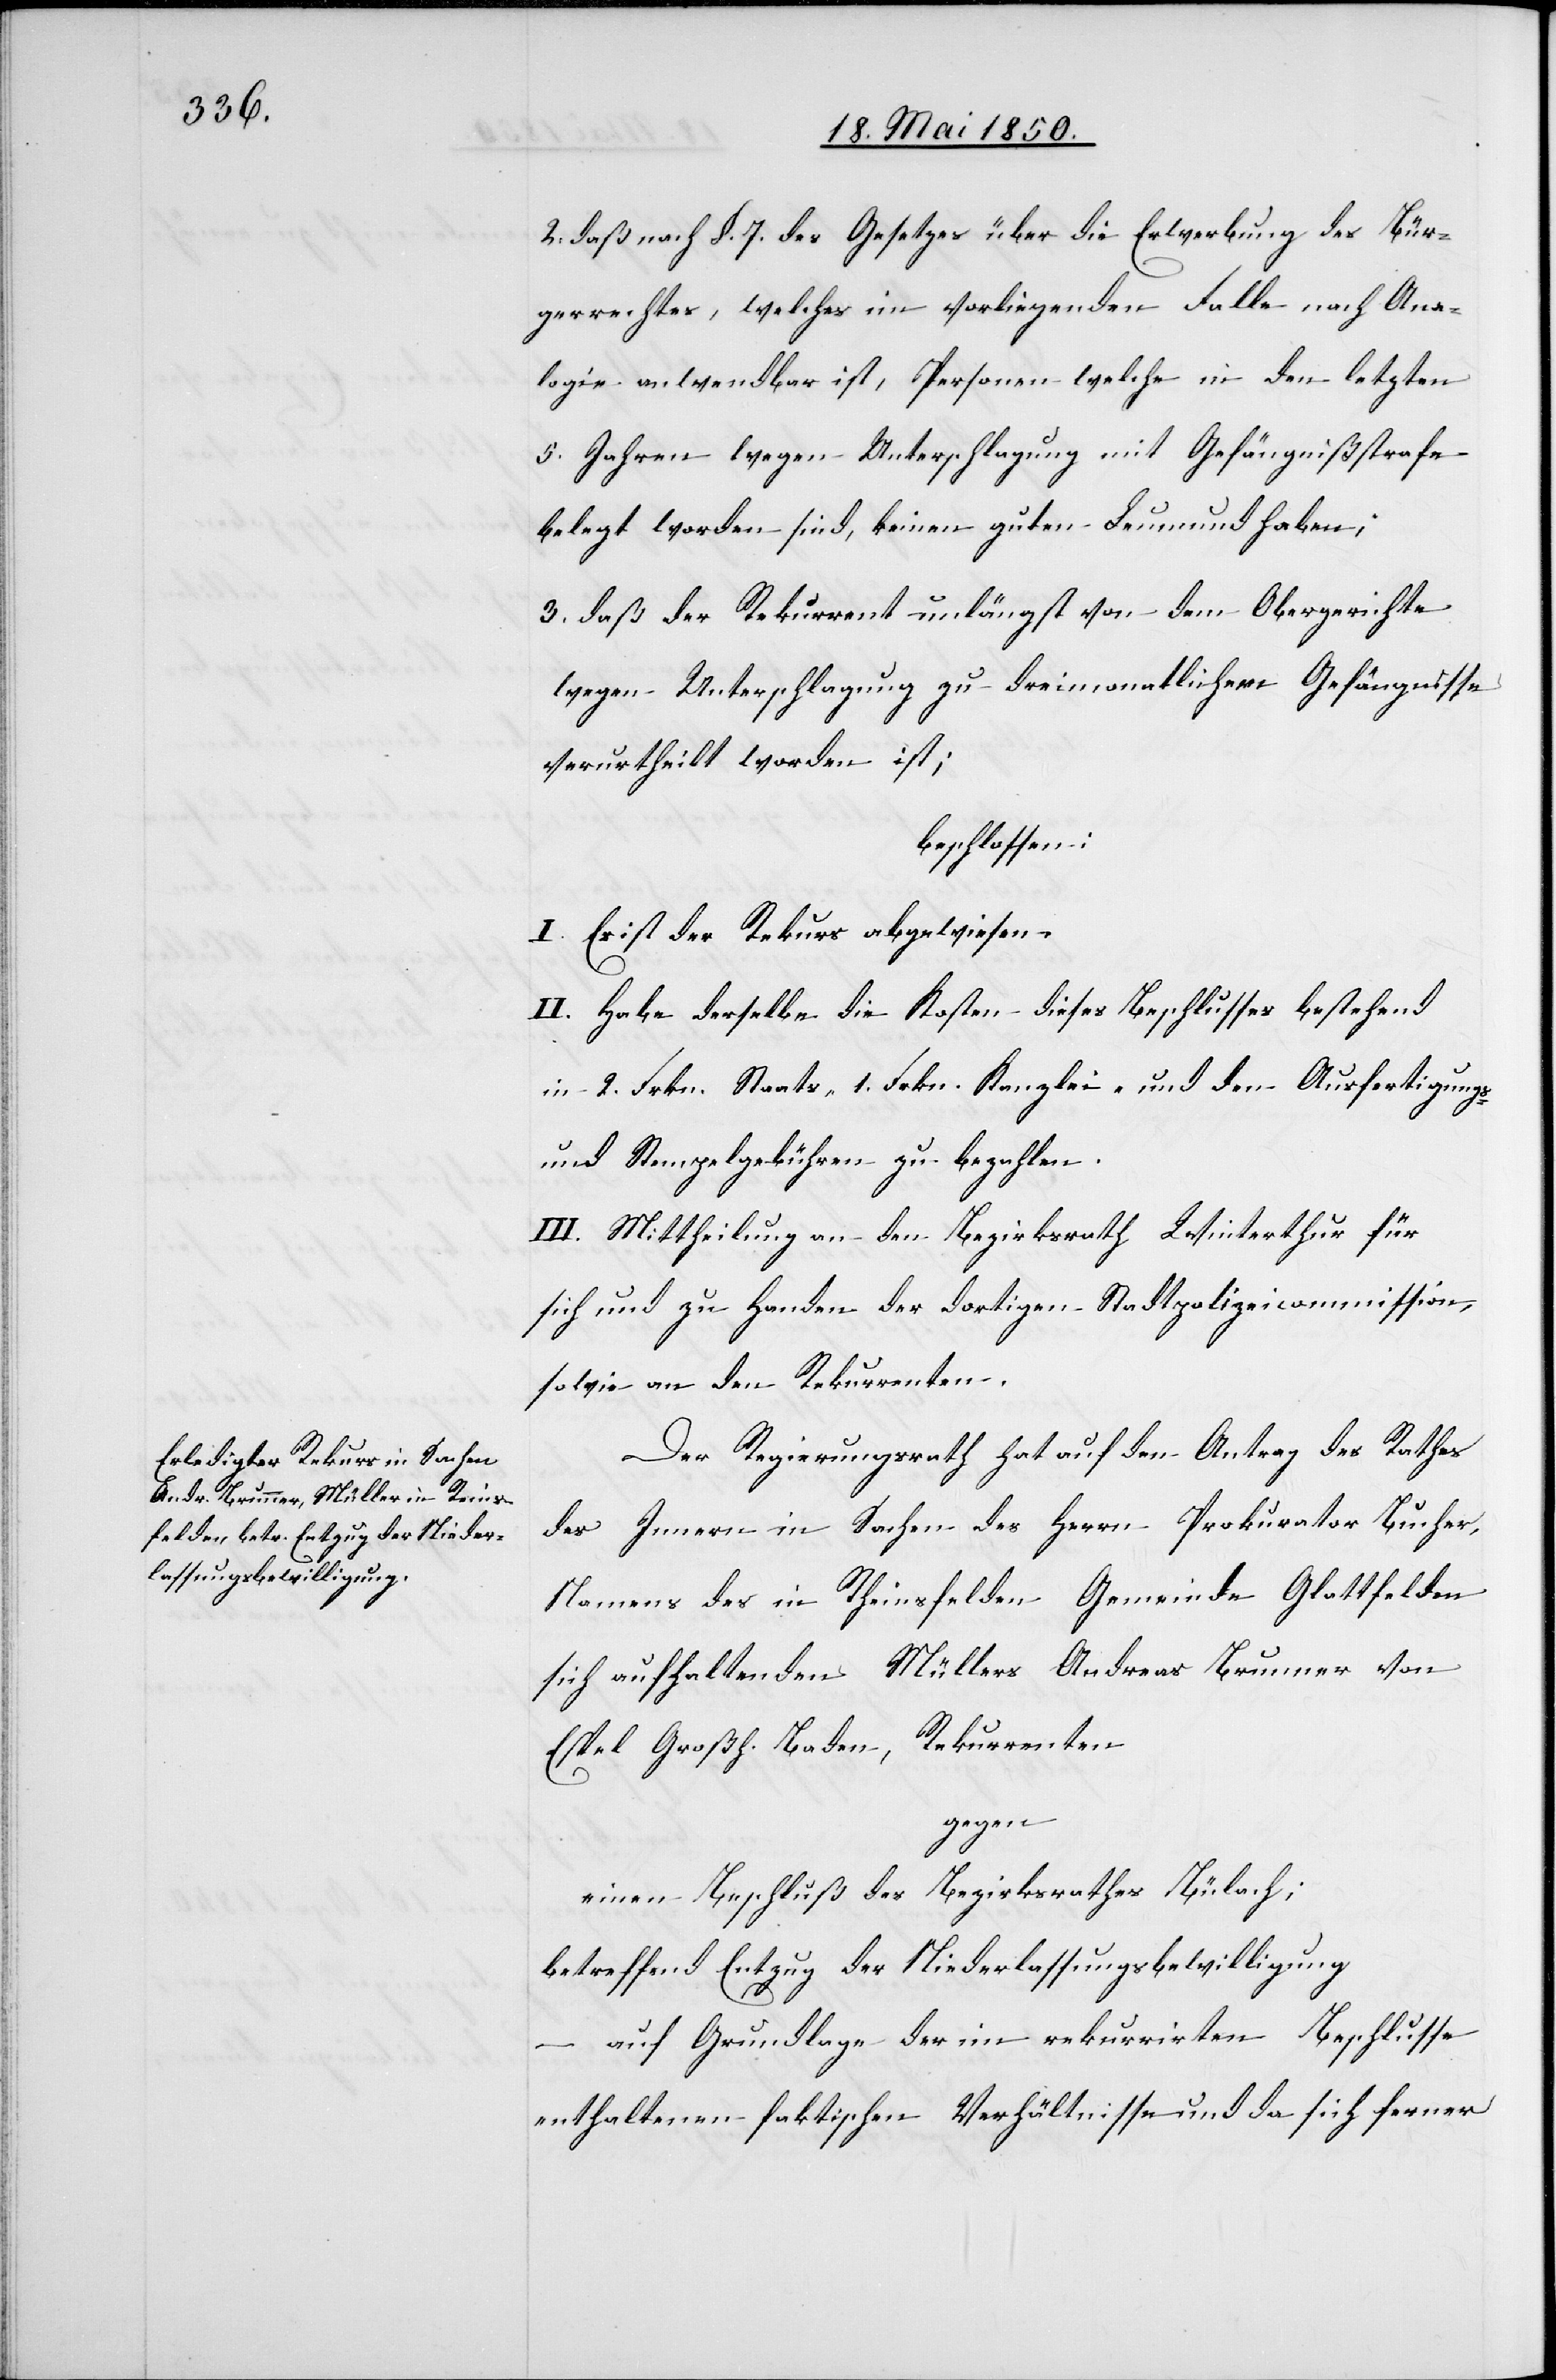
2. daß nach §. 7. des Gesetzes über die Erwerbung des Bür¬
gerrechtes, welches im vorliegenden Falle nach Ana¬
logie anwendbar ist, Personen welche in den letzten
5. Jahren wegen Unterschlagung mit Gefängnißstrafe
belegt worden sind, keinen guten Leumund haben;
3. daß der Rekurrent unlängst von dem Obergerichte
wegen Unterschlagung zu dreimonatlichem Gefängnisse
verurtheilt worden ist;
beschlossen:
I. Es ist der Rekurs abgewiesen.
II. Habe derselbe die Kosten dieses Beschlusses bestehend
in 2. Frkn. Staats- 1. Frkn. Kanzlei- und den Ausfertigungs-
und Stempelgebühren zu bezahlen.
III. Mittheilung an den Bezirksrath Winterthur für
sich und zu Handen der dortigen Stadtpolizeicommission
sowie an den Rekurrenten.
Der Regierungsrath hat auf den Antrag des Rathes
des Innern in Sachen des Herrn Prokurator Bucher,
Namens des in Rheinsfelden Gemeinde Glattfelden
sich aufhaltenden Müllers Andreas Brunner von
Espel Großh. Baden, Rekurrenten
gegen
einen Beschluß des Bezirksrathes Bülach;
betreffend Entzug der Niederlassungsbewilligung
auf Grundlage der im rekurrirten Beschlusse
enthaltenen faktischen Verhältnisse und da sich ferner